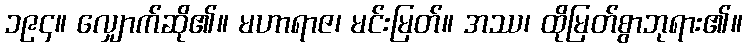
၁၉၄။ လျှောက်ဆို၏။ မဟာရာဇ၊ မင်းမြတ်။ အဿ၊ ထိုမြတ်စွာဘုရား၏။